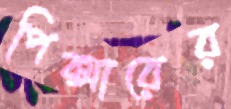
পিক্সারের